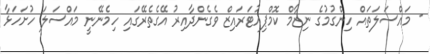
- މައްސަލަތައް ހިންގުމުގެ ނިޒާމް ކޮމްޕިއުޓަރައިޒް ވެގެންދާއިރު އޭގެތެރޭގައި ހިމެނޭނީ މައްސަލަ ހުށަހަޅާ